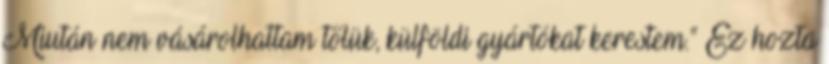
Miután nem vásárolhattam tőlük, külföldi gyártókat kerestem.” Ez hozta